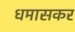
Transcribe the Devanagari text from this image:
धमासकर